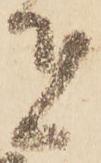
者